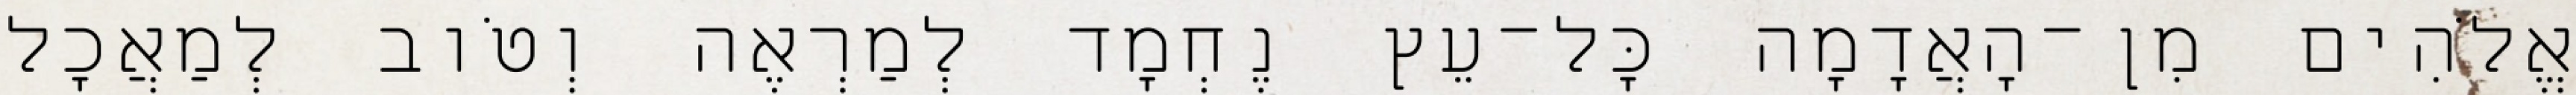
אֱלֹהִים מִן־הָאֲדָמָה כָּל־עֵץ נֶחְמָד לְמַרְאֶה וְטֹוב לְמַאֲכָל